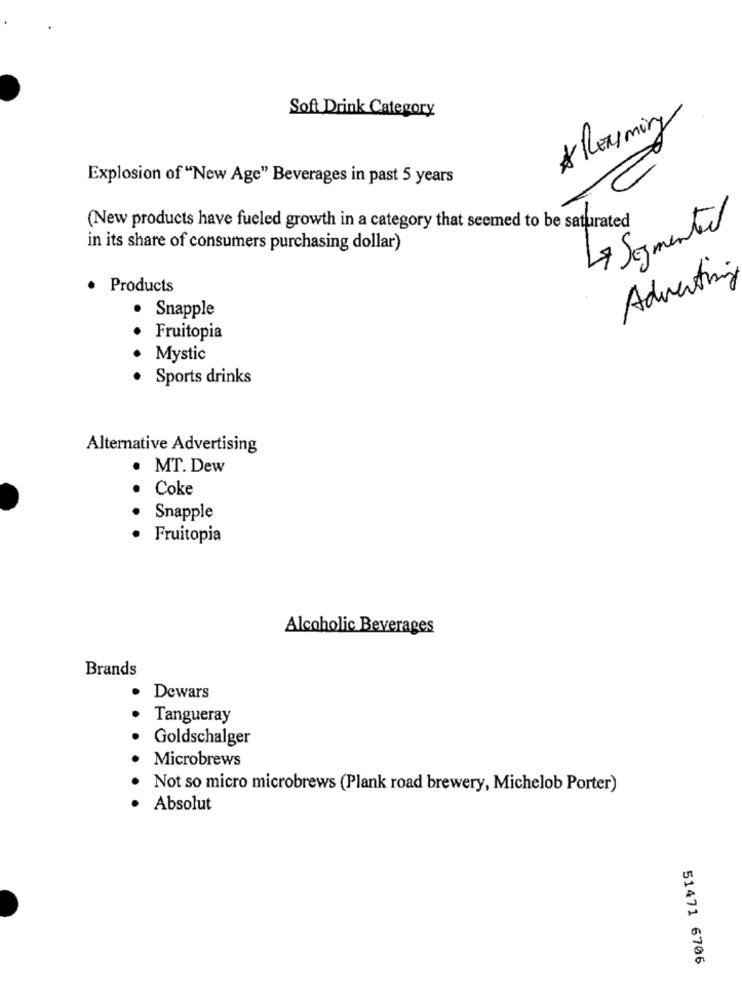
Soft Drink Category
* Roaming
Explosion of "New Age" Beverages in past 5 years
(New products have fueled growth in a category that seemed to be saturated
La Segmented
in its share of consumers purchasing dollar)
Advertin
· Products
· Snapple
Fruitopia
Mystic
Sports drinks
Alternative Advertising
MT. Dew
Coke
Snapple
Fruitopia
Alcoholic Beverages
Brands
. Dewars
Tangueray
Goldschalger
Microbrews
Not so micro microbrews (Plank road brewery, Michelob Porter)
Absolut
51471 6706